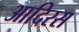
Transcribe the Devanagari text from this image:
आदिरस